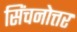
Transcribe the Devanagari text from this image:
सिंचनोत्तर